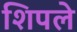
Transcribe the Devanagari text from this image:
शिपले